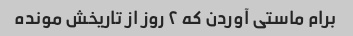
برام ماستی آوردن که ۲ روز از تاریخش مونده